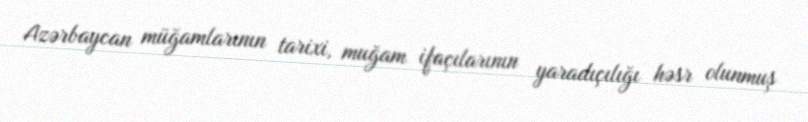
Azərbaycan müğamlarının tarixi, muğam ifaçılarının yaradıçılığı həsr olunmuş